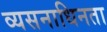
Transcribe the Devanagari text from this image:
व्यसनाधिनता